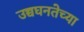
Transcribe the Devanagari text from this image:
उच्चघनतेच्या